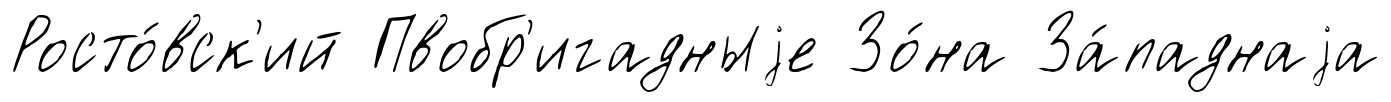
Росто́вск'ий Пвобр'игадныjе Зо́на За́паднаjа